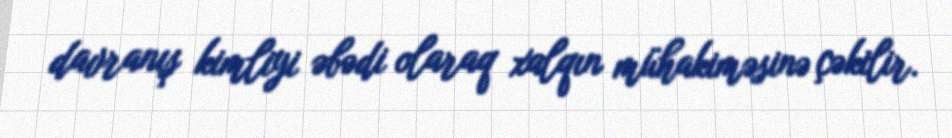
davranış kimliyi əbədi olaraq xalqın mühakiməsinə çəkilir.